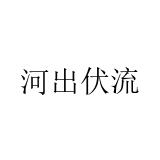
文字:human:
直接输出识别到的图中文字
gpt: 河出伏流